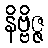
နိဗ္ဗိဇ္ဇ